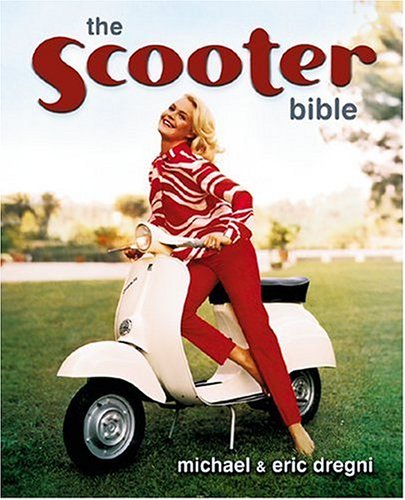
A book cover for Scooter Bible: From Cushman to Vespa,the Ultimate History and Buyer's Guide; Eric Dregni; Arts & Photography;